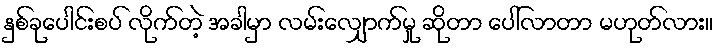
နှစ်ခုပေါင်းစပ် လိုက်တဲ့ အခါမှာ လမ်းလျှောက်မှု ဆိုတာ ပေါ်လာတာ မဟုတ်လား။